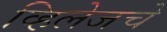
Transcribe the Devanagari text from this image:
व्हिलेजचे